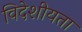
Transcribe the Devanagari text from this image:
विदेशीयता